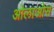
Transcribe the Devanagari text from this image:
ओलाओस